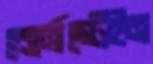
বোর্নস্টেইন